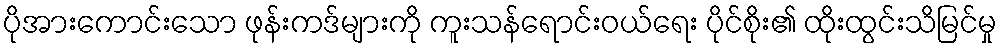
ပိုအားကောင်းသော ဖုန်းကဒ်များကို ကူးသန်ရောင်းဝယ်ရေး ပိုင်စိုး၏ ထိုးထွင်းသိမြင်မှု